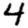
Digit: 4